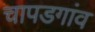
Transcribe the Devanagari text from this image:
चापडगांव